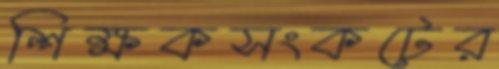
শিক্ষকসংকটের